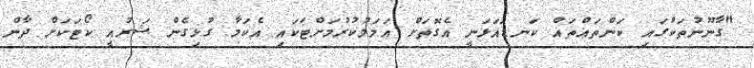
"ގާނޫނުތަކުގައި ކަންތައްތައް ކަނޑައަޅަނީ އެގޮތަށް އަމަލުކުރުމަށްޓަކައި އެކަމާ ގުޅިގެން ޝަރުއީ ކޯޓަކަށް ދާން